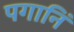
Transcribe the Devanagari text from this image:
पगानिं